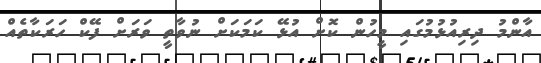
އާންމު ދިރިއުޅުމުގައި މީހުން ކޮށް އުޅޭ ކަމަކަށް ނުވާތީ ވަރަށް ފޭކް ހަރަކާތެއް